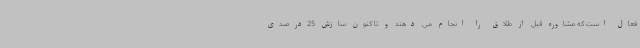
فعال است که مشاوره قبل از طلاق را انجام می دهند و تا کنون سازش 25درصدی